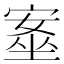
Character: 㝧